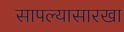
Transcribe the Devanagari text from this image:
सापल्यासारखा